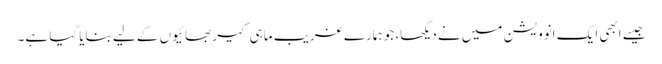
جیسے ابھی ایک انوویشن میں نے دیکھا، جو ہمارے غریب ماہی گیر بھائیوں کے لیے بنایا گیا ہے۔